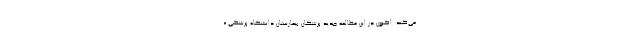
می‌کند. اکنون در این مطالعه جدید پزشکان بیمارستان دانشگاه پزشکی «